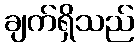
ချက်ရှိသည်